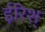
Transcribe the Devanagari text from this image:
ईरिश्